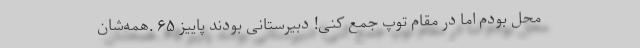
محل بودم اما در مقام توپ جمع کنی! دبیرستانی بودند پاییز ۶۵ .همه‌شان